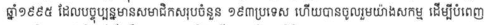
ឆ្នាំ១៩៩៥ ដែលបច្ចុប្បន្នមានសមាជិកសរុបចំនួន ១៩៣ប្រទេស ហើយបានចូលរួមយ៉ាងសកម្ម ដើម្បីបំពេញ